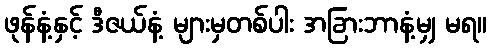
ဖုန်နံ့နှင့် ဒီဇယ်နံ့ များမှတစ်ပါး အခြားဘာနံ့မျှ မရ။